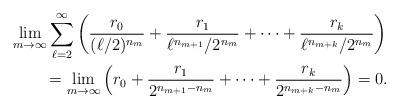
LaTeX: \begin{gather*}\lim_{m\to\infty}\sum_{\ell=2}^\infty\left(\frac{r_0}{(\ell/2)^{n_m}}+\frac{r_1}{\ell^{n_{m+1}}/2^{n_m}}+\dots+\frac{r_k}{\ell^{n_{m+k}}/2^{n_m}}\right)\\\qquad{}=\lim_{m\to\infty}\left(r_0+\frac{r_1}{2^{n_{m+1}-n_m}}+\dots+\frac{r_k}{2^{n_{m+k}-n_m}}\right)=0.\end{gather*}